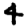
Digit: 4